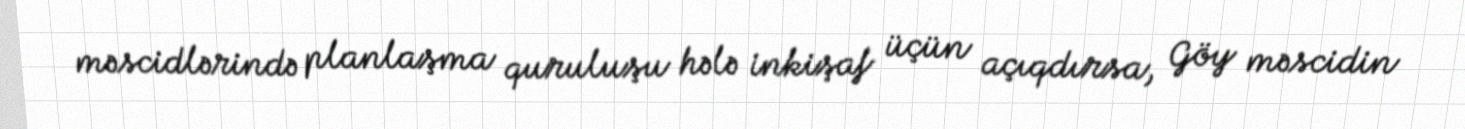
məscidlərində planlaşma quruluşu hələ inkişaf üçün açıqdırsa, Göy məscidin